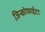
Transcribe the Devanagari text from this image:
जिन्कोफाईटा